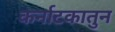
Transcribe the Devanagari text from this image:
कर्नाटकातुन